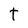
Character: t